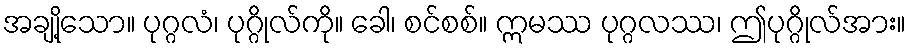
အချို့သော။ ပုဂ္ဂလံ၊ ပုဂ္ဂိုလ်ကို။ ခေါ၊ စင်စစ်။ ဣမဿ ပုဂ္ဂလဿ၊ ဤပုဂ္ဂိုလ်အား။